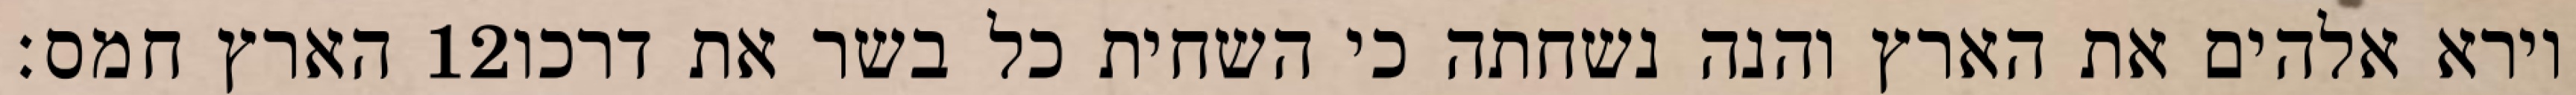
הארץ חמס׃ ‎12‏ וירא אלהים את הארץ והנה נשחתה כי השחית כל בשר את דרכו